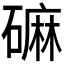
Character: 𪿳